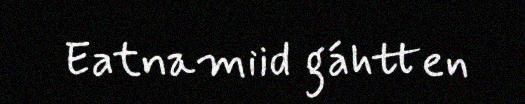
Eatnamiid gáhtten